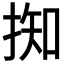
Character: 𢯙